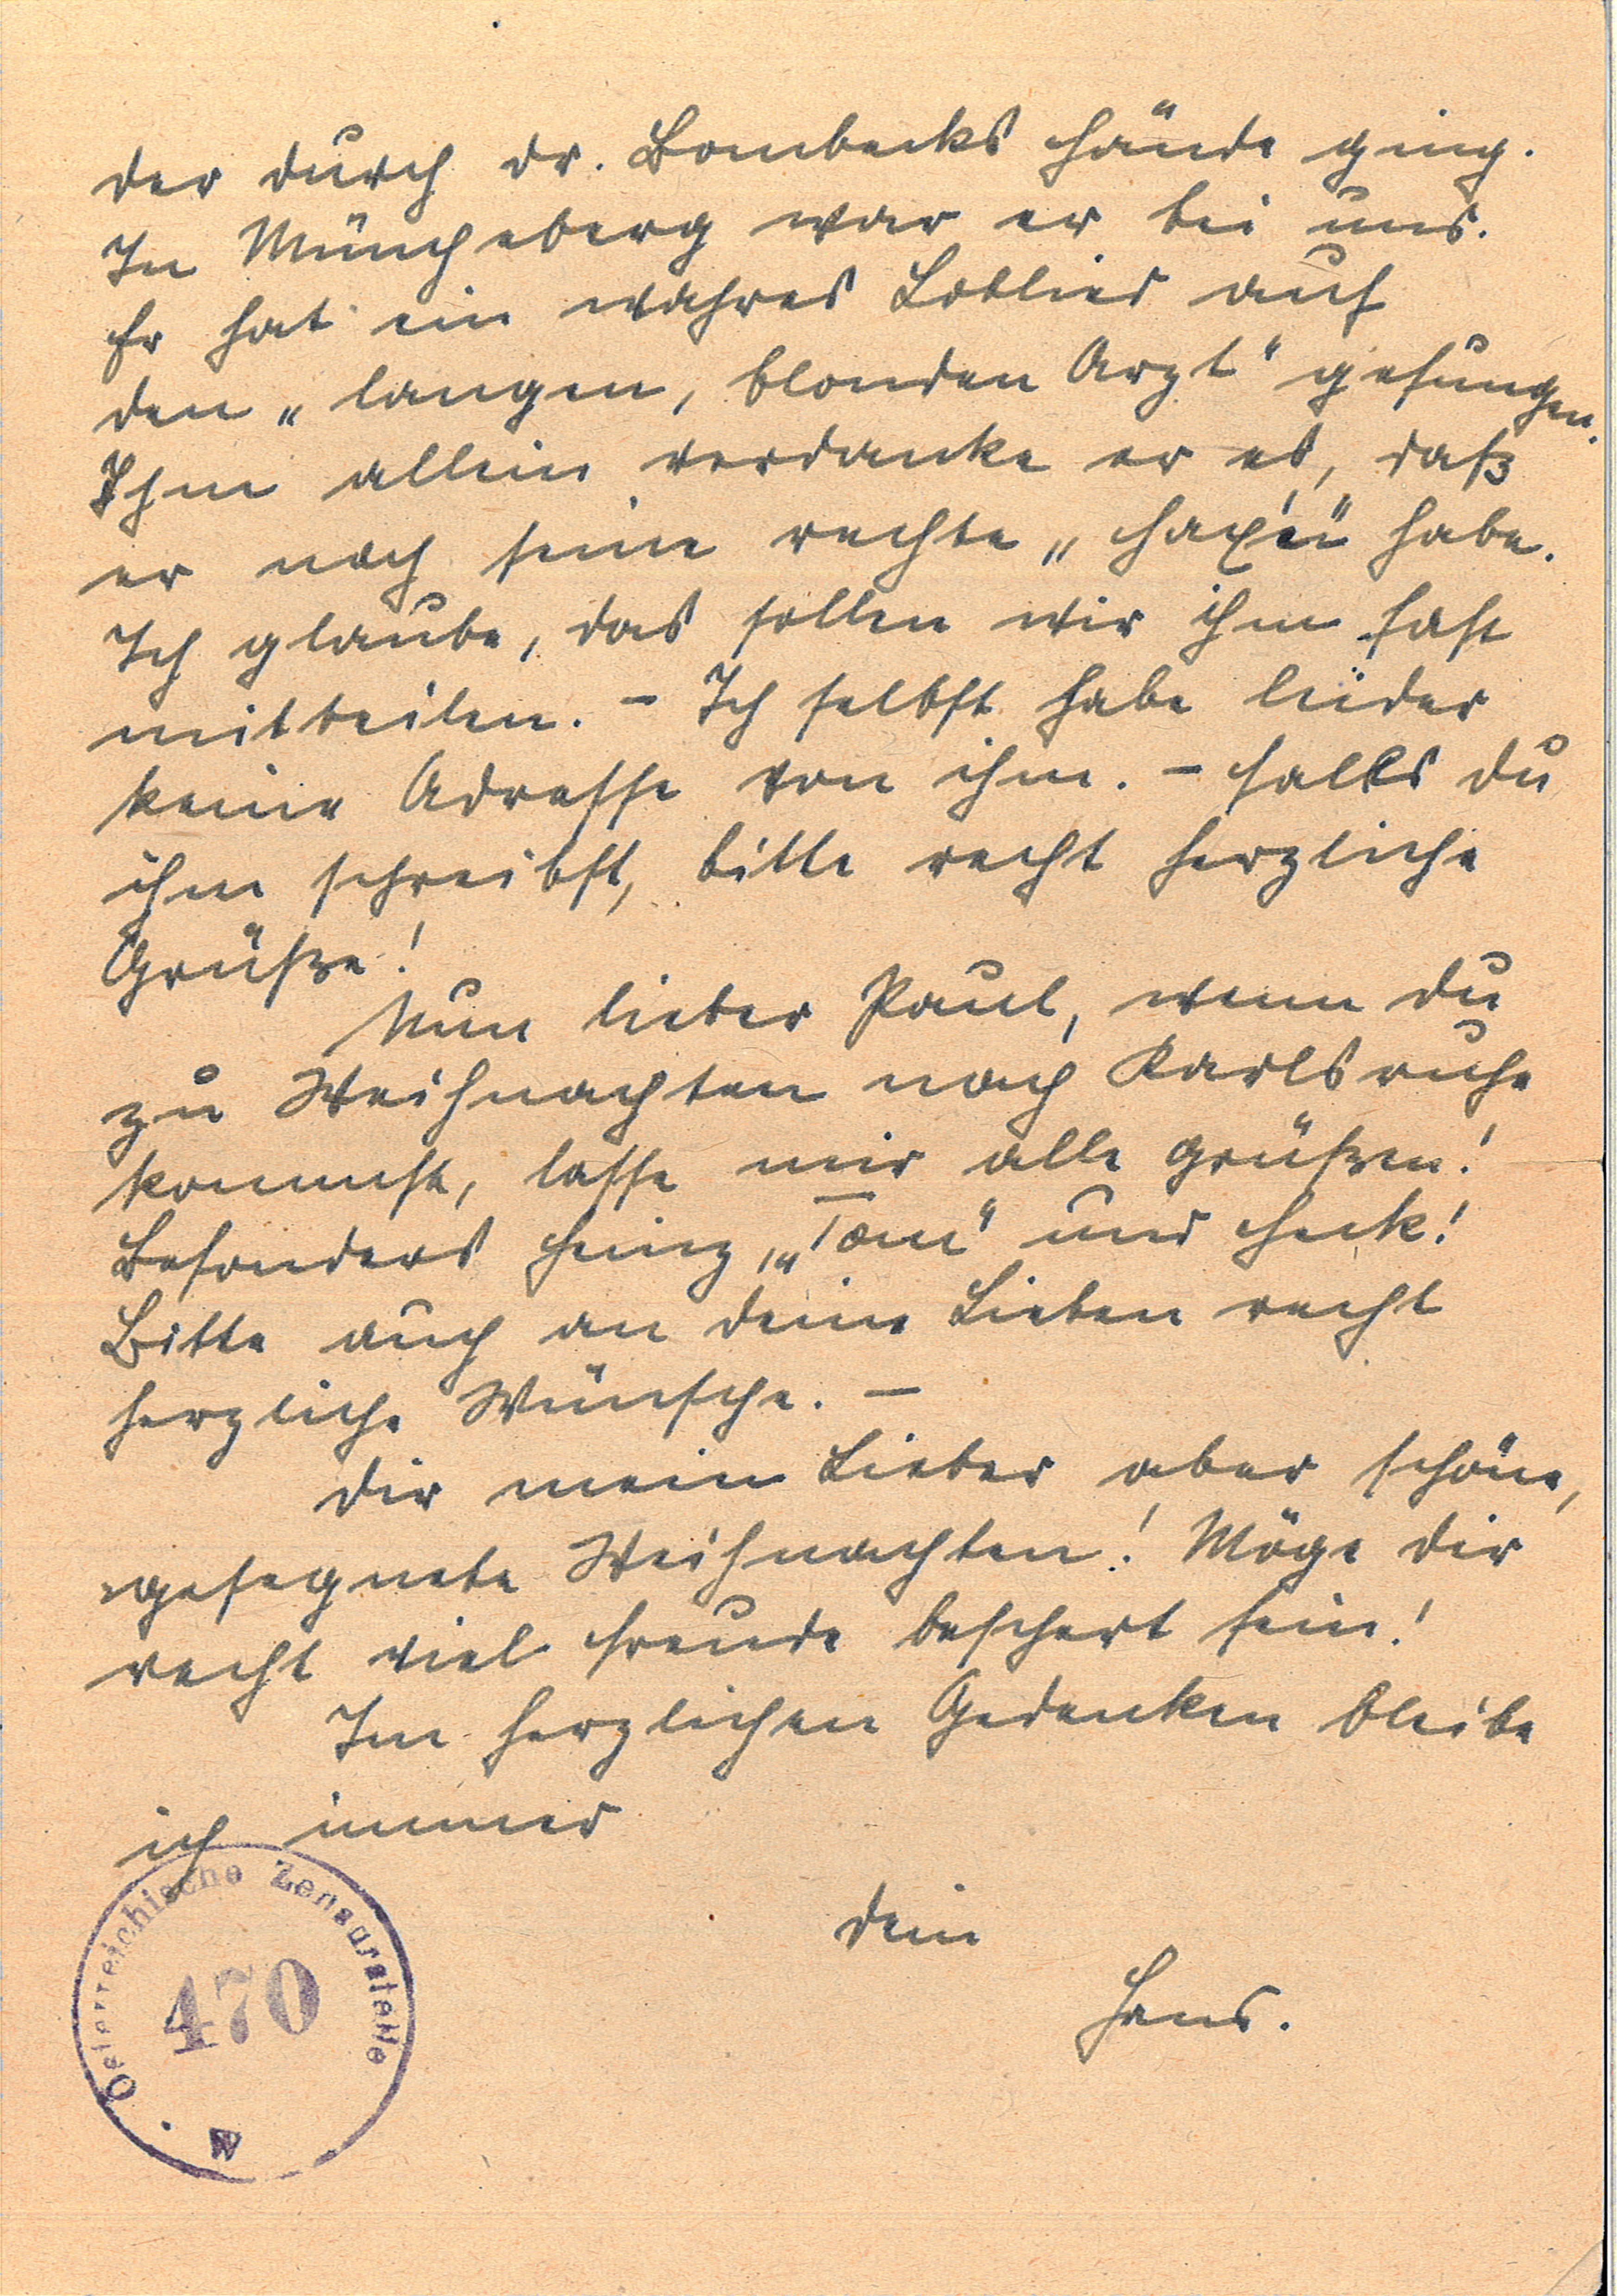
der durch Dr. Bornbecks Hände ging.
In Müncheberg war er bei uns.
Er hat ein wahres Loblied auf
den "langen, blonden Arzt" gesungen.
Ihm allein verdanke er es, daß
er noch seine rechte "Haxen" habe.
Ich glaube, das sollen wir ihm fast
mitteilen. - Ich selbst habe leider
keine Adresse von ihm. - Falls du
ihm schreibst, bitte recht herzliche
Grüße!
Nun lieber Paul, wenn du
zu Weihnachten nach Karlsruhe
kommst, lasse mir alle grüßen!
Besonders Heinz, "Tom" und Heik!
Bitte auch an deine Lieben recht
herzliche Wünsche. -
Dir mein lieber aber schöne,
gesegnete Weihnachten! Möge dir
recht viel Freude beschert sein!
Im herzlichen Gedenken bleibe
ich immer
Dein Hans.